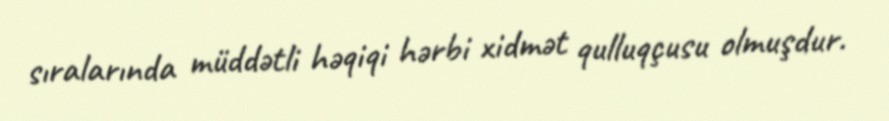
sıralarında müddətli həqiqi hərbi xidmət qulluqçusu olmuşdur.